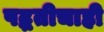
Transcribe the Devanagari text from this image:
पद्धतीचाही